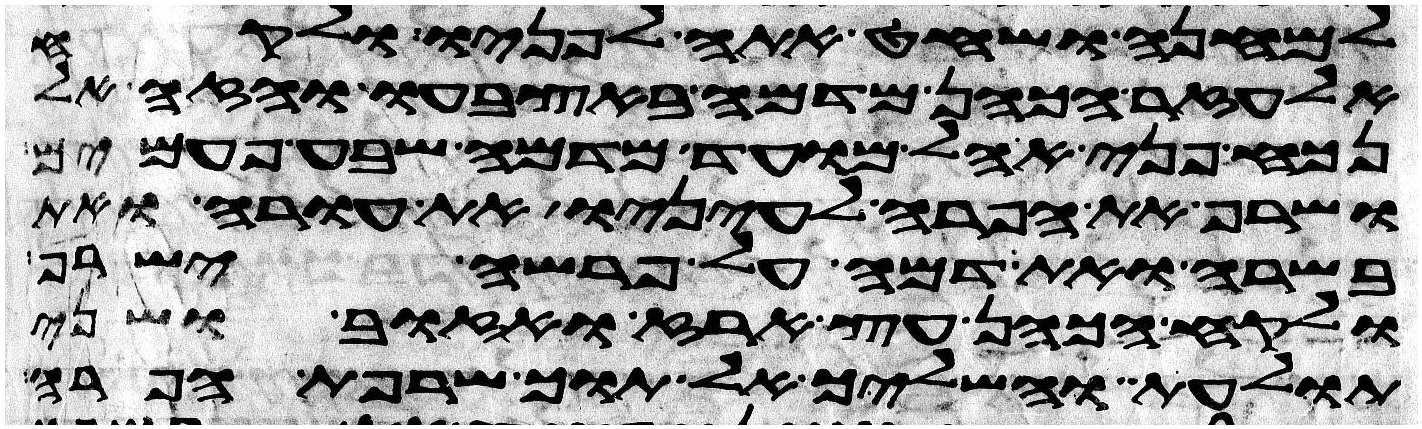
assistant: למחנה ושחט אתה לפניו ולקח
אלעזר הכהן מדמה באצבעו והזה אל
נכח פני אהל מועד מדמה שבע פעמים
ושרף את הפרה לעיניו את עורה ואת
בשרה ואת דמה על פרשה ישרף
ולקח הכהן עץ ארז ואזוב ושני
תולעת והשליך אל תוך שרפת הפרה